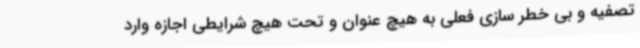
تصفیه و بی خطر سازی فعلی به هیچ عنوان و تحت هیچ شرایطی اجازه وارد